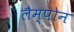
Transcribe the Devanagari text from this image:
लैम्पोन